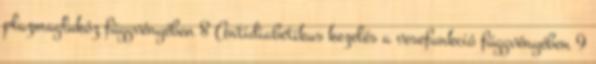
plazmaglukóz függvényében 8 Antidiabetikus kezelés a vesefunkció függvényében 9